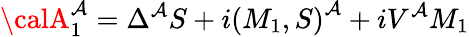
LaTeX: {\calA}_{1}^{\mathcal{A}}=\Delta^{\mathcal{A}}S+i\left(M_{1},S\right)^{\mathcal{A}}+iV^{\mathcal{A}}M_{1}